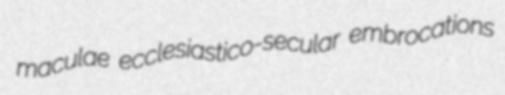
maculae ecclesiastico-secular embrocations